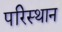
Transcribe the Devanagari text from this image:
परिस्थान